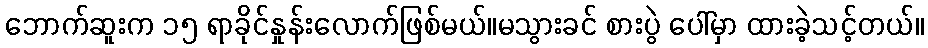
ဘောက်ဆူးက ၁၅ ရာခိုင်နှုန်းလောက်ဖြစ်မယ်။မသွားခင် စားပွဲ ပေါ်မှာ ထားခဲ့သင့်တယ်။